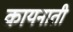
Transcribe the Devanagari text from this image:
कायनाती